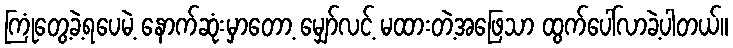
ကြုံတွေ့ခဲ့ရပေမဲ့ နောက်ဆုံးမှာတော့ မျှော်လင့် မထားတဲ့အဖြေသာ ထွက်ပေါ်လာခဲ့ပါတယ်။